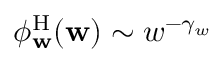
\phi _ { \mathbf { w } } ^ { \mathrm { H } } ( \mathbf { w } ) \sim w ^ { - \gamma _ { w } }